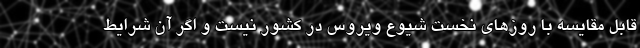
قابل مقایسه با روزهای نخست شیوع ویروس در کشور نیست و اگر آن شرایط